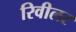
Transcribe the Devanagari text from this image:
रिवीलर